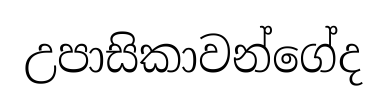
උපාසිකාවන්ගේද